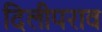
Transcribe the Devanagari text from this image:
दिलीपराव